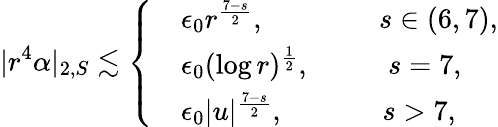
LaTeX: |r^{4}\alpha|_{2,S}\lesssim\left\{ \begin{array}{rl}&{\epsilon_{0}r^{\frac{7-s}{2}},\qquad\qquad s\in(6,7),}\\ &{\epsilon_{0}(\log r)^{\frac{1}{2}},\qquad\; \; \, s=7,}\\ &{\epsilon_{0}|u|^{\frac{7-s}{2}},\qquad\quad\; \, s>7,}\end{array}\right.